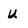
Character: U